Veterinary regulations India, 1939 -
Year: 1939
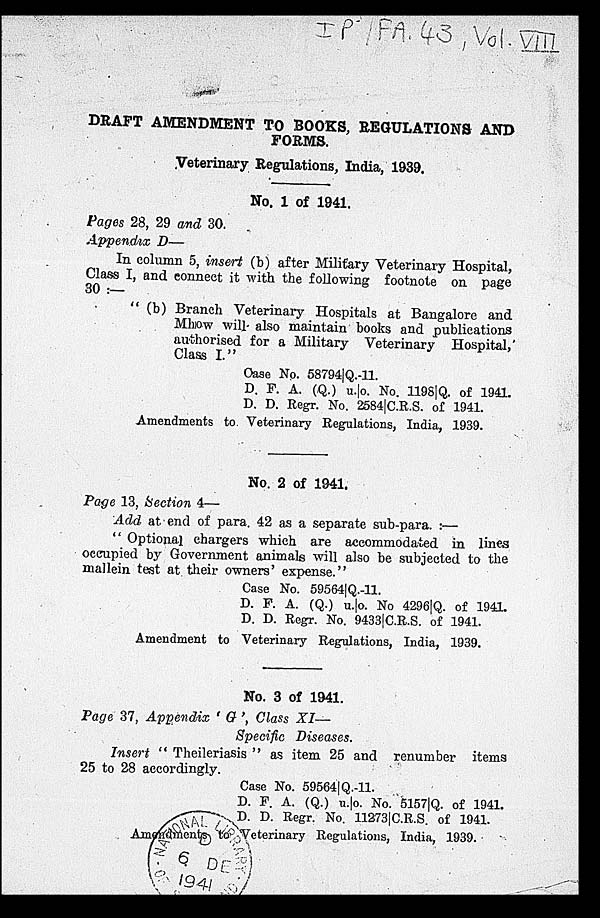
DRAFT AMENDMENT TO BOOKS, REGULATIONS AND
FORMS.
Veterinary Regulations, India, 1939.
No. 1 of 1941.
Pages 28, 29 and 30.
Appendix D—
In column 5, insert (b) after Military Veterinary Hospital,
Class I, and connect it with the following footnote on page
30 :—
"(b) Branch Veterinary Hospitals at Bangalore and
Mhow will also maintain books and publications
authorised for a Military Veterinary Hospital,
Class I."
Case No. 58794|Q.-11.
D. F. A. (Q.) u.|o. No. 1198|Q. of 1941.
D. D. Regr. No. 2584|C.R.S. of 1941.
Amendments to Veterinary Regulations, India, 1939.
No. 2 of 1941.
Page 13, Section 4—
Add at end of para. 42 as a separate sub-para. :—
" Optional chargers which are accommodated in lines
occupied by Government animals will also be subjected to the
mallein test at their owners' expense."
Case No. 59564|Q.-11.
D. F. A. (Q.) u.|o. No 4296|Q. of 1941.
D. D. Regr. No. 9433|C.R.S. of 1941.
Amendment to Veterinary Regulations, India, 1939.
No. 3 of 1941.
Page 37, Appendix 'G', Class XI—
Specific Diseases.
Insert " Theileriasis " as item 25 and renumber items
25 to 28 accordingly.
Case No. 59564|Q.-11.
D. F. A. (Q.) u.|o. No. 5157|Q. of 1941.
D. D. Regr. No. 11273|C.R.S. of 1941.
Amendments to Veterinary Regulations, India, 1939.